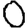
Digit: 0